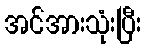
အင်အားသုံးပြီး